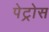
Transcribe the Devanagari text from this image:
पेट्रोस